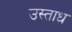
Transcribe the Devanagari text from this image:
उस्ताध